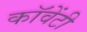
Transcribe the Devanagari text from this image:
कॉवेंटी